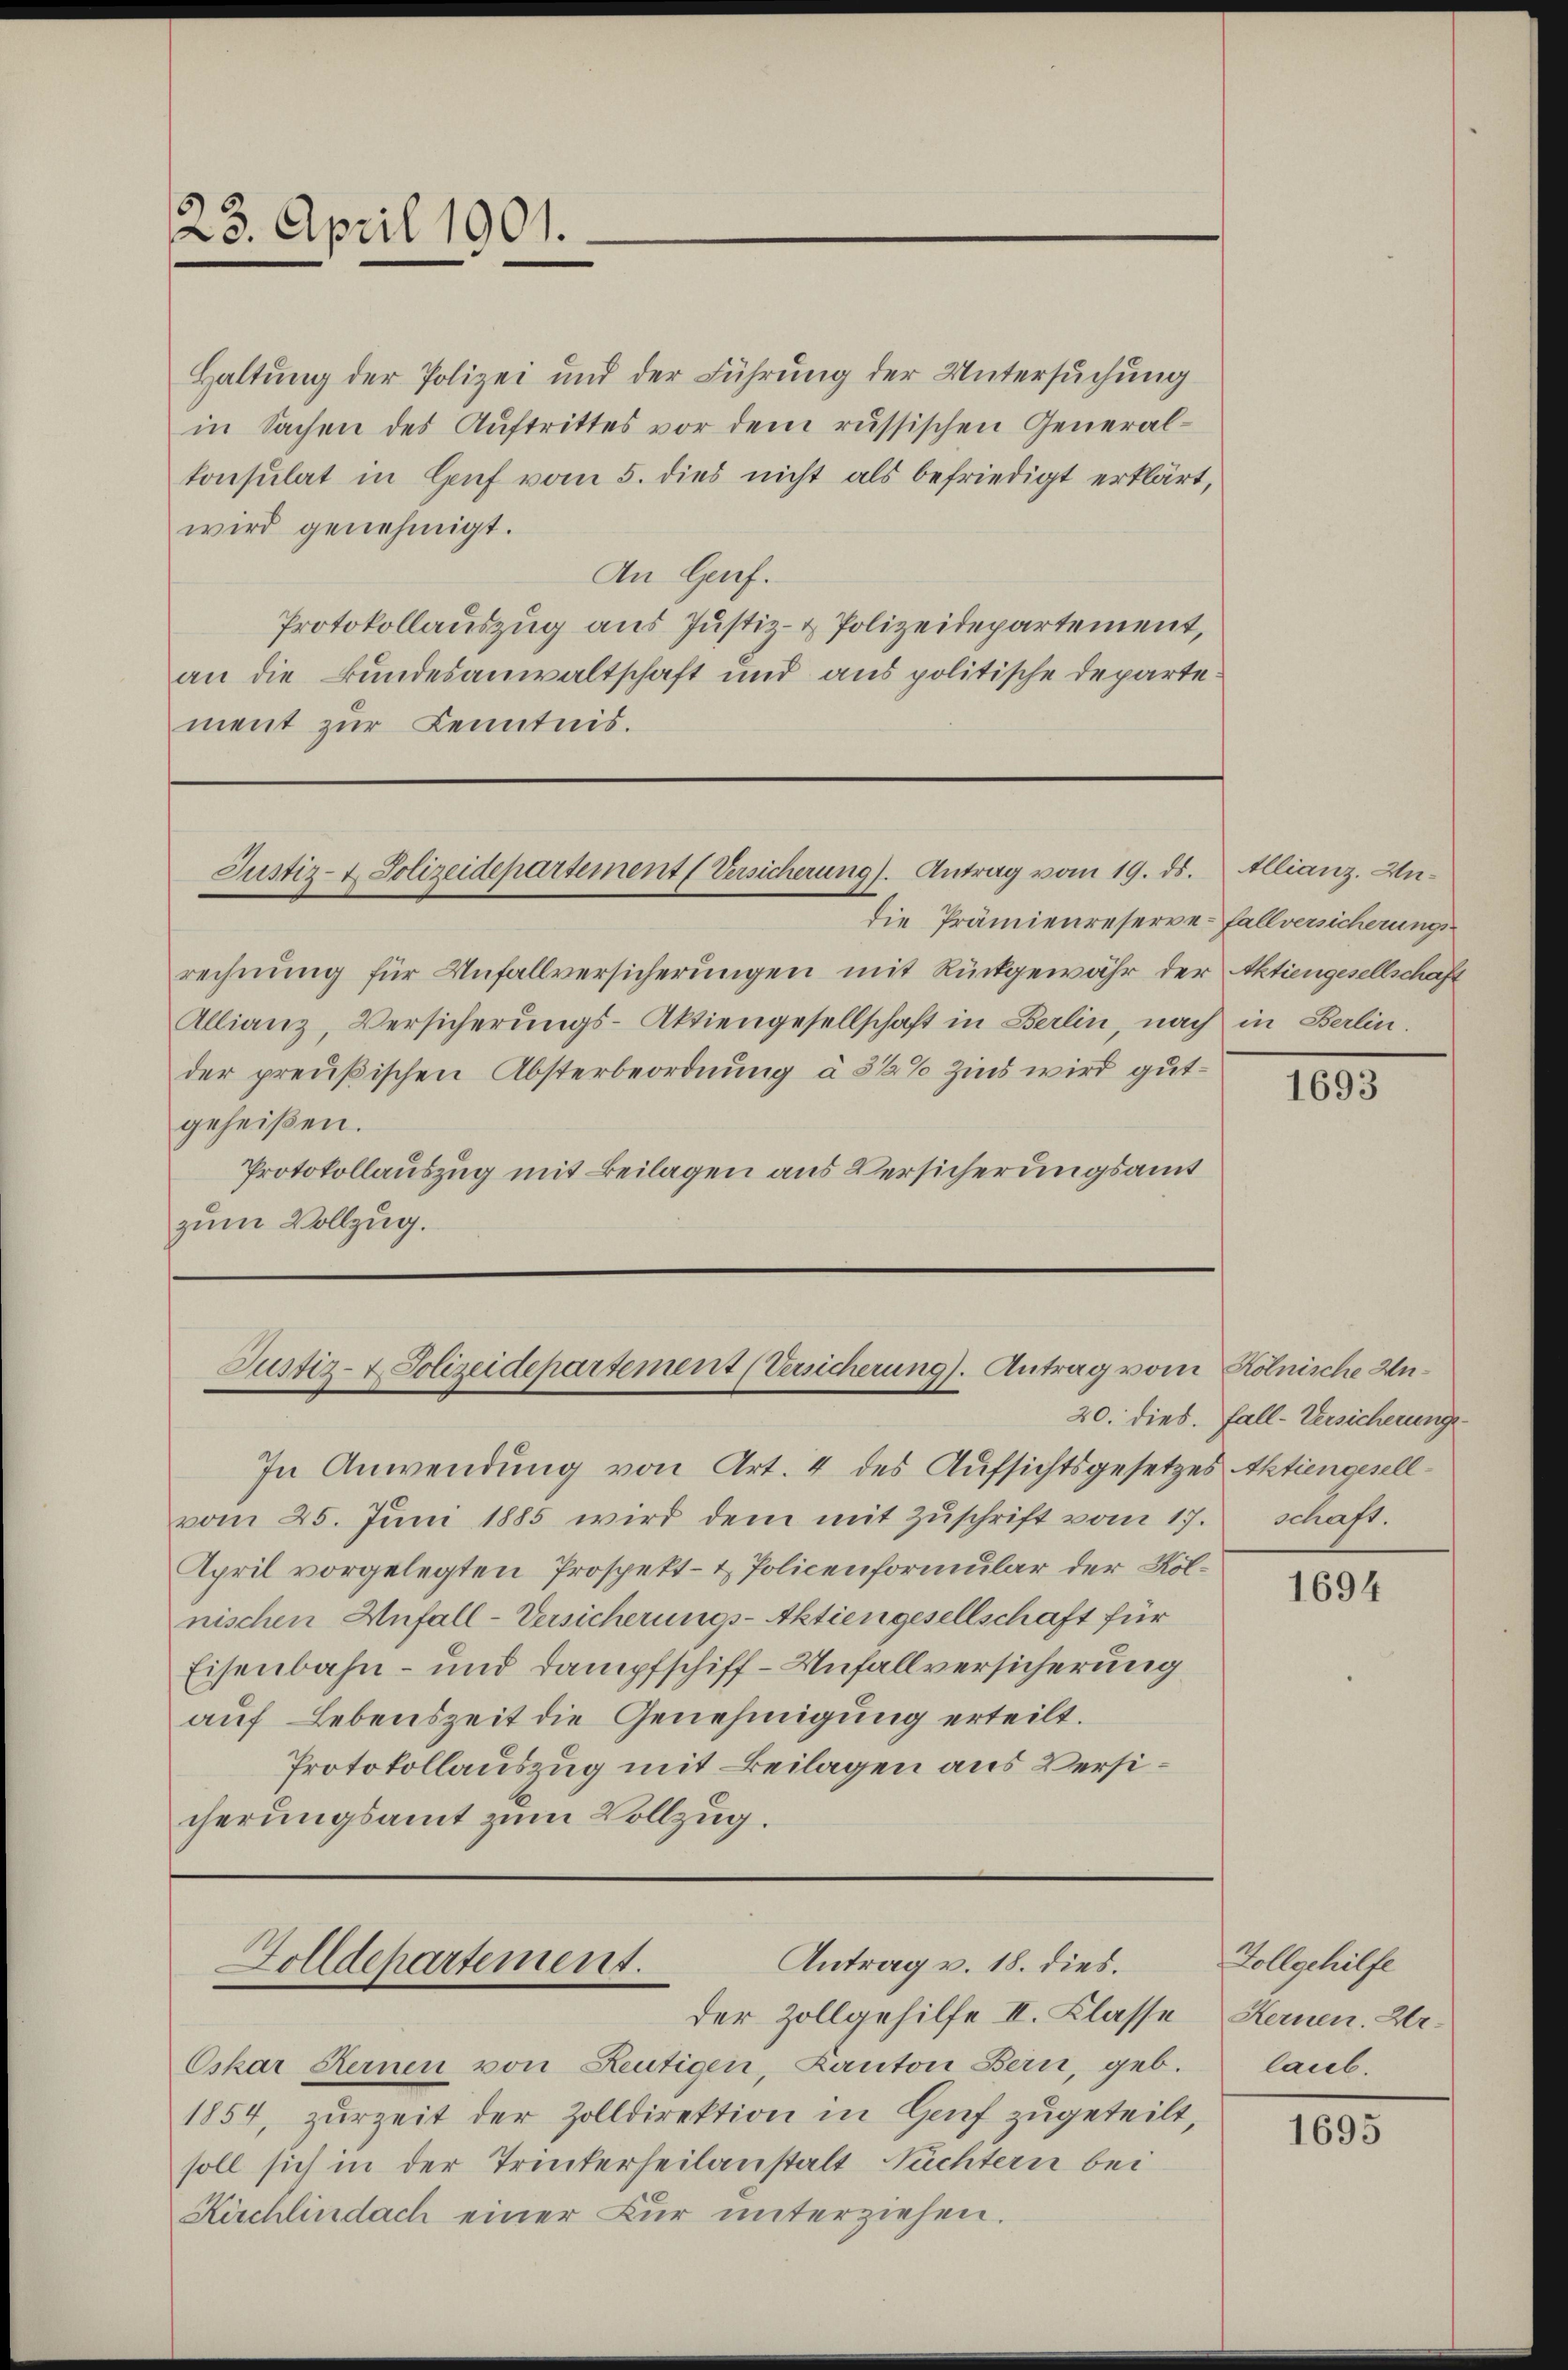
23. April 1901.

Haltung der Polizei und der Führung der Untersuchung
in Sachen des Auftrittes vor dem russischen General-
konsulat in Genf vom 5. dies nicht als befriedigt erklärt,
wird genehmigt.
An Genf.
Protokollauszug aus Justiz- & Polizeidepartement,
an die Bundesanwaltschaft und aus politische Departement zŭr Kenntnis.

die Prämienreserve-fallversicherungs-
rechnung für Unfallversicherungen mit Rückgewähr der Aktiengesellschaft
Allianz, Versicherungs-Aktiengesellschaft in Berlin, nach in Berlin.
der preußischen Absterbeordnung à 3 1/2% Zins wird gutgeheißen.
Protokollauszug mit Beilagen aus Versicherungsamt
zum Vollzug.

Justiz- & Polizeidepartement (Versicherung). Antrag vom 19. ds. Allianz. Un¬

Justiz- & Polizeidepartement (Versicherung). Antrag vom Kölnische Un¬

Antrag v. 18. dies.
Zolldepartement.
der Zollgehilfe II. Klasse

In Anwendung von Art. 4 des Aufsichtsgesetzes Aktiengesellvom 25. Jŭni 1885 wird dem mit Zŭschrift vom 17. schaft.
April vorgelegten Prospekt- & Policenformular der Kölnischen Anfall-Versicherungs-Aktiengesellschaft für
Eisenbahn- und Dampfschiff-Unfallversicherung
auf Lebenszeit die Genehmigung erteilt.
Protokollauszug mit Beilagen aus Versicherungsamt zum Vollzug.

Oskar Kernen von Leutigen, Kanton Bern, geb. laub.
1854, zurzeit der Zolldirektion in Genf zugeteilt,
soll sich in der Trinkerheilanstalt Nüchtern bei
Kirchlindach einer Kur unterziehen.

1693

20. dies. Fall-Versicherungs¬

1694

Tollgehilfe
Kernen. Ur-

1695